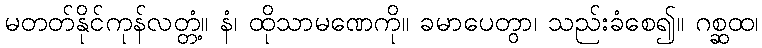
မတတ်နိုင်ကုန်လတ္တံ့။ နံ၊ ထိုသာမဏေကို။ ခမာပေတွာ၊ သည်းခံစေ၍။ ဂစ္ဆထ၊